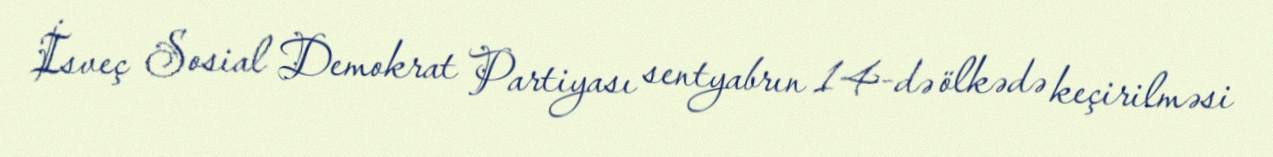
İsveç Sosial Demokrat Partiyası sentyabrın 14-də ölkədə keçirilməsi